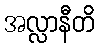
အလ္လာနီတိ